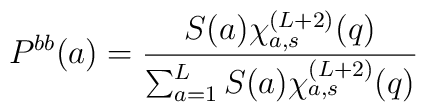
P^{bb}(a) =\frac{S(a) \chi_{a,s}^{(L+2)} (q)}{\sum_{a=1}^L S(a) \chi_{a,s}^{(L+2)} (q)}